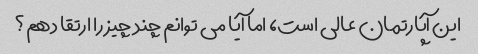
این آپارتمان عالی است، اما آیا می توانم چند چیز را ارتقا دهم؟